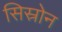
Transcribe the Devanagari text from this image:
सिस्रोन